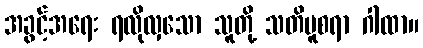
အခွင့်အရေး ရလိုလှသော သူတို့ သတိမူစရာ ဂါထာ။